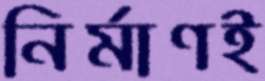
নির্মাণই